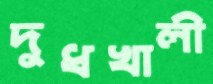
দুধখালী